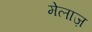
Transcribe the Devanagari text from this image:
मेलाज़